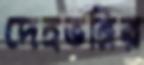
দেহভঙ্গির